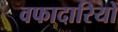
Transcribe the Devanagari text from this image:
वफादारियों